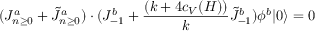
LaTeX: ( J _ { n \ge 0 } ^ { a } + \tilde { J } _ { n \ge 0 } ^ { a } ) \cdot ( J _ { - 1 } ^ { b } + { \frac { ( k + 4 c _ { V } ( H ) ) } { k } } \tilde { J } _ { - 1 } ^ { b } ) \phi ^ { b } | 0 \rangle = 0